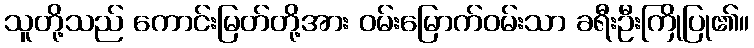
သူတို့သည် ကောင်းမြတ်တို့အား ဝမ်းမြောက်ဝမ်းသာ ခရီးဦးကြိုပြု၏။